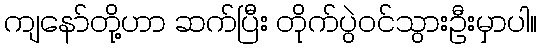
ကျနော်တို့ဟာ ဆက်ပြီး တိုက်ပွဲဝင်သွားဦးမှာပါ။